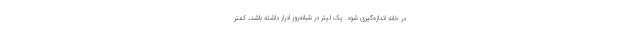
در خانه اندازه‌گیری شود. یک لیتر در شبانه‌روز ادرار داشته باشد، کمتر